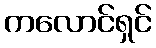
ကလောင်ရှင်